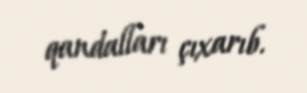
qandalları çıxarıb.